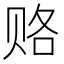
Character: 赂